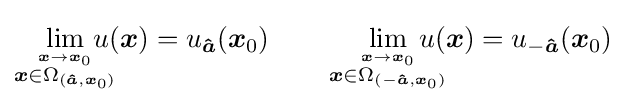
\lim _{\overset {{\boldsymbol {x}}\rightarrow {\boldsymbol {x}}_{0}}{{\boldsymbol {x}}\in \Omega _{({\boldsymbol {\hat {a}}},{\boldsymbol {x}}_{0})}}}\!\!\!\!\!\!u({\boldsymbol {x}})=u_{\boldsymbol {\hat {a}}}({\boldsymbol {x}}_{0})\qquad \lim _{\overset {{\boldsymbol {x}}\rightarrow {\boldsymbol {x}}_{0}}{{\boldsymbol {x}}\in \Omega _{(-{\boldsymbol {\hat {a}}},{\boldsymbol {x}}_{0})}}}\!\!\!\!\!\!\!u({\boldsymbol {x}})=u_{-{\boldsymbol {\hat {a}}}}({\boldsymbol {x}}_{0})